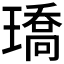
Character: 𤩝